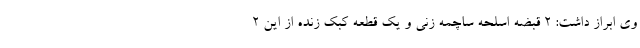
وی ابراز داشت: ۲ قبضه اسلحه ساچمه زنی و یک قطعه کبک زنده از این ۲